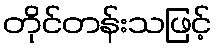
တိုင်တန်းသဖြင့်